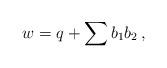
LaTeX: \begin{align*}w=q+\sum b_1b_2\,,\end{align*}